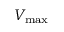
V _ { \mathrm { m a x } }